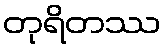
တုရိတဿ